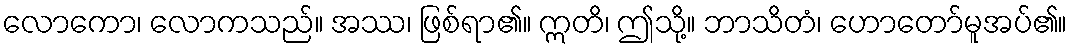
လောကော၊ လောကသည်။ အဿ၊ ဖြစ်ရာ၏။ ဣတိ၊ ဤသို့။ ဘာသိတံ၊ ဟောတော်မူအပ်၏။